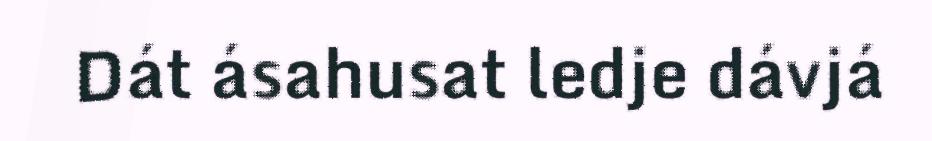
Dát ásahusat ledje dávjá